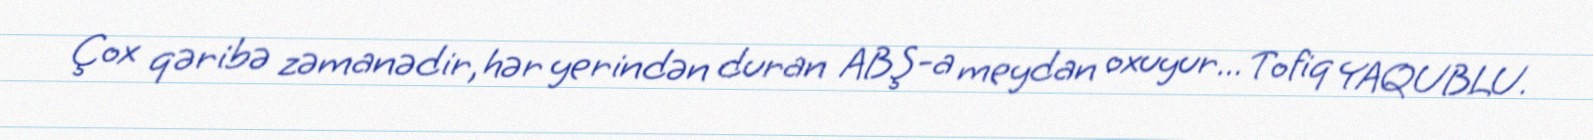
Çox qəribə zəmanədir, hər yerindən duran ABŞ-a meydan oxuyur... Tofiq YAQUBLU.